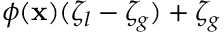
\phi ( \mathbf { x } ) ( \zeta _ { l } - \zeta _ { g } ) + \zeta _ { g }